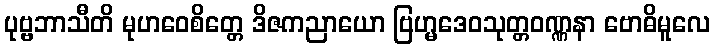
ပုဗ္ဗဘာသီတိ မုဟဝေစိတ္တေ ဒိဇကညာယော ဗြဟ္မဒေဝသုတ္တဝဏ္ဏနာ ဗောဓိမူလေ